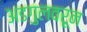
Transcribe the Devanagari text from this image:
अडगुलवरून